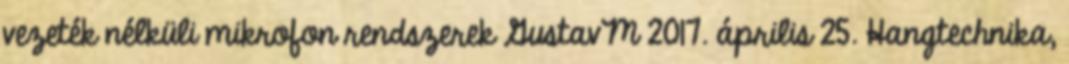
vezeték nélküli mikrofon rendszerek GustavM 2017. április 25. Hangtechnika,